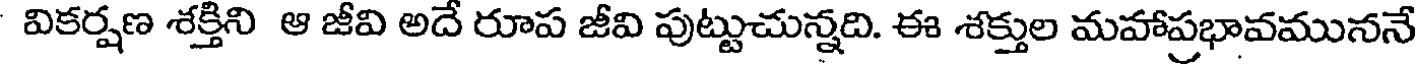
వికర్షణ శక్తిని ఆ జీవి అదే రూప జీవి పుట్టుచున్నది. ఈ శక్తుల మహాప్రభావముననే